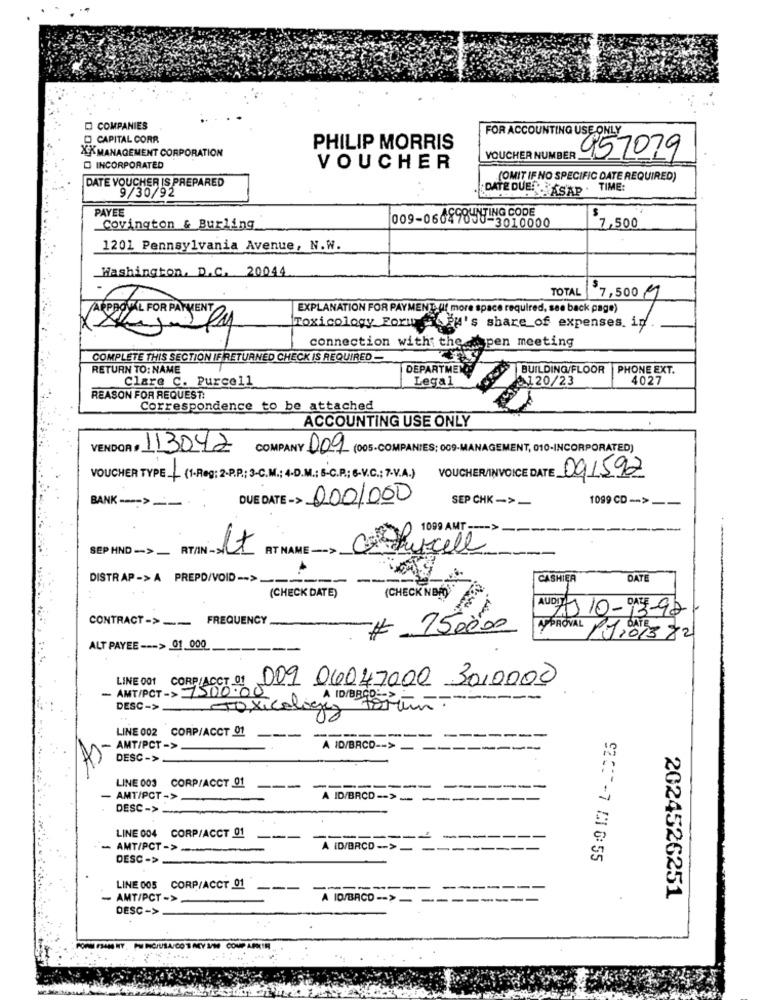
COMPANIES
CAPITAL CORR
FOR ACCOUNTING USE ONLY
XX MANAGEMENT CORPORATION
PHILIP MORRIS
VOUCHER NUMBER
957079
O INCORPORATED
VOUCHER
(OMIT IF NO SPECIFIC DATE REQUIRED)
DATE VOUCHER IS PREPARED
9/30/92
DATE DUE!
DUS - ASAP . TIME:
PAYEE
009-066498UITING CODE
Covington & Burling
50-3010000
$7.500
1201 Pennsylvania Avenue, N.W.
Washington, D.C. 20044
TOTAL
7,500 M
EXPLANATION FOR PAYMENT (f more space required, see back page)
APPROVAL FOR PAYMENT
Toxicology Forw PM's share of expenses. in.
connection with the open meeting
COMPLETE THIS SECTION IF RETURNED CHECK IS REQUIRED -
RETURN TO: NAME
DEPARTMENT
BUILDING/FLOOR
PHONE EXT.
Clare C. Purcell
Legal
2120/23
4027
REASON FOR REQUEST:
Correspondence to be attached
ACCOUNTING USE ONLY
V
VENDOR * 113042
COMPANY 009 (005-COMPANIES; 009-MANAGE
ENT, 010-INCORPORATED)
VOUCHER TYPE (1-Reg; 2-P.P .; 3-C.M .; 4-D.M .; B-C.P .; - V.C .; 7.V.A.)
VOUCHER/INVOICE DATE 091592
DUE DATE -> 0001000
1099 CD -- >
BANK ---- > --
SEP CHK->-
1099 AMT ---- >
SEP HND -- >_
AT NAME ->
DISTR AP -> A PREPD/VOID -- > ____
CASHIER
DATE
(CHECK DATE)
(CHECK NBA)
AUDI J10-13-92
CONTRACT-> ___ FREQUENCY.
750000
MYPROVAL P1101322
ALT PAYEE --- > 01.000
LINE 001 CORP/ACCT 01
- AMT/PCT -> 7500.00
009 06047000 3010000
Toxicologia Forum -----
A ID/BROD
DESC->
LINE 002 CORP/ACCT 01
- AMT/PCT->
A ID/BRCD -- >
---
DESC->_
LINE 003 CORP/ACCT 01
---
-
---
-----
- AMT/PCT->
A ID/BRCD -- > -----
DESC->
LINE 004 CORP/ACCT 01
--
-----
- AMT/PCT->
A ID/BRCD -- > __
---
DESC ->
92017-7 16:55
LINE 005 CORP/ACCT 01
---
-
- AMT/PCT ->
A ID/BACO -- > --
-----
2024526251
DESC->